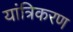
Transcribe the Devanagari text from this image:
यांत्रिकरण